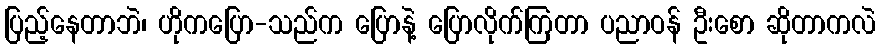
ပြည့်နေတာဘဲ၊ ဟိုကပြော-သည်က ပြောနဲ့ ပြောလိုက်ကြတာ ပညာဝန် ဦးစော ဆိုတာကလဲ